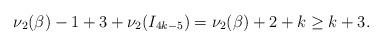
LaTeX: \begin{align*}\nu_{2}(\beta) -1 + 3 + \nu_{2}(I_{4k-5}) = \nu_{2}(\beta) + 2 + k \geq k+3.\end{align*}